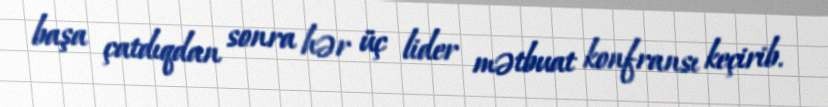
başa çatdıqdan sonra hər üç lider mətbuat konfransı keçirib.